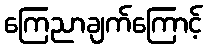
ကြေညာချက်ကြောင့်